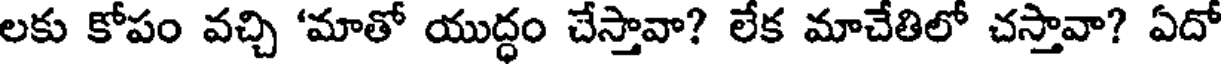
లకు కోపం వచ్చి 'మాతో యుద్ధం చేస్తావా? లేక మాచేతిలో చస్తావా? ఏదో